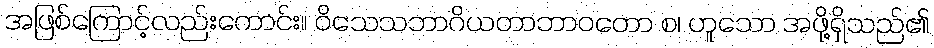
အဖြစ်ကြောင့်လည်းကောင်း။ ဝိသေသဘာဂိယတာဘာဝတော စ၊ ဟူသော အဖို့ရှိသည်၏